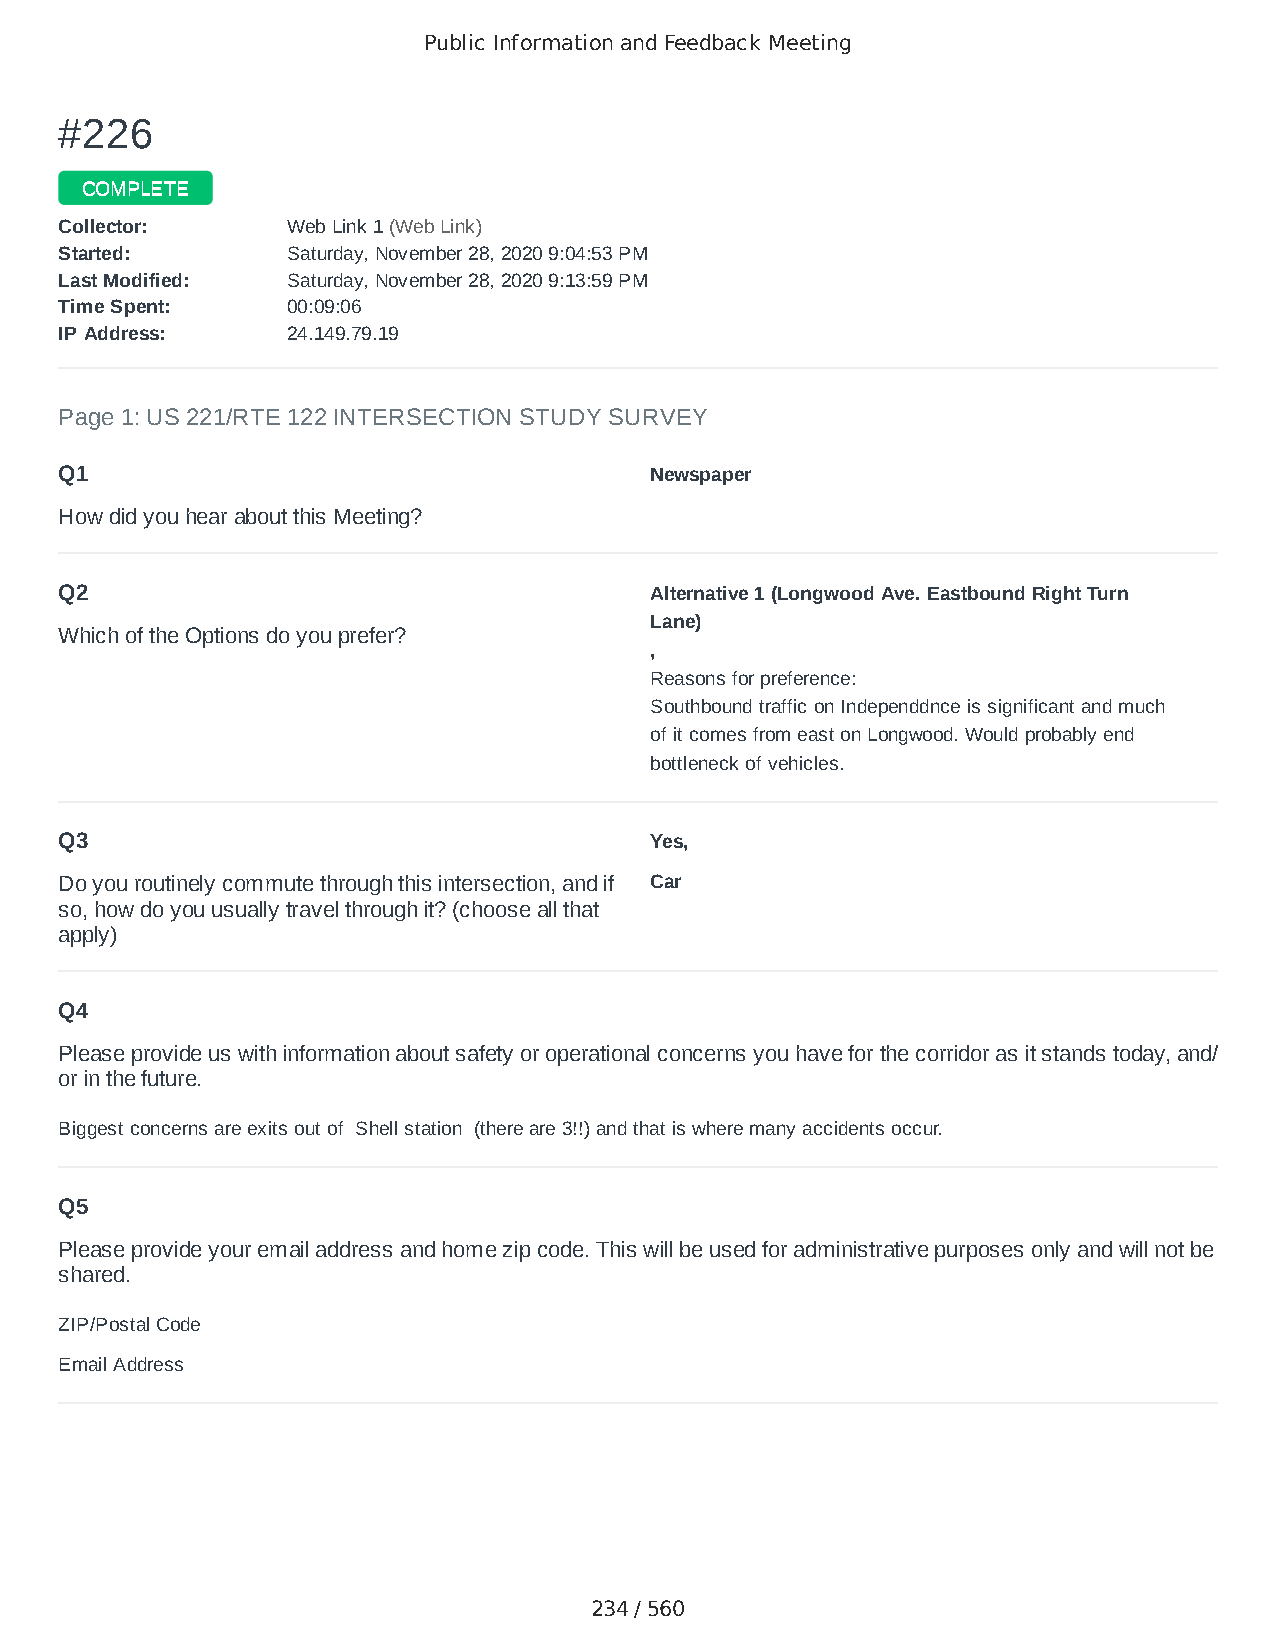
Public Information and Feedback Meeting
 ##222266
 CCOOMMPPLLEETTEE
 CCoolllleeccttoorr:: WWeebb LLiinnkk 11 ((WWeebb LLiinnkk))
 SSttaarrtteedd:: SSaattuurrddaayy,, NNoovveemmbbeerr 2288,, 22002200 99::0044::5533 PPMM
 LLaasstt MMooddiiffiieedd:: SSaattuurrddaayy,, NNoovveemmbbeerr 2288,, 22002200 99::1133::5599 PPMM
 TTiimmee SSppeenntt:: 0000::0099::0066
 IIPP AAddddrreessss:: 2244..114499..7799..1199
 Page 1: US 221/RTE 122 INTERSECTION STUDY SURVEY
 Q1                                     Newspaper
 How did you hear about this Meeting?
 Q2                                     Alternative 1 (Longwood Ave. Eastbound Right Turn
 Lane)
 Which of the Options do you prefer?
 ,
 Reasons for preference:
 Southbound traffic on Independdnce is significant and much
 of it comes from east on Longwood. Would probably end
 bottleneck of vehicles.
 Q3                                     Yes,
 Do you routinely commute through this intersection, and if Car
 so, how do you usually travel through it? (choose all that
 apply)
 Q4
 Please provide us with information about safety or operational concerns you have for the corridor as it stands today, and/
 or in the future.
 Biggest concerns are exits out of Shell station (there are 3!!) and that is where many accidents occur.
 Q5
 Please provide your email address and home zip code. This will be used for administrative purposes only and will not be
 shared.
 ZIP/Postal Code                        24523
 Email Address                          Jamstan100@aol.com
 234 / 560